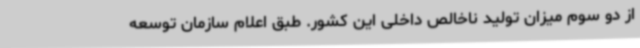
از دو سوم میزان تولید ناخالص داخلی این کشور. طبق اعلام سازمان توسعه